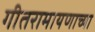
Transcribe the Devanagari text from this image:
गीतरामायणाच्या